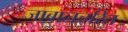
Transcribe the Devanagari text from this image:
जाबालचरित